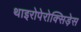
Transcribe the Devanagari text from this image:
थाइरोपेरोक्सिड़ेस